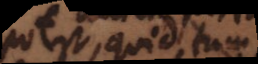
potest, quid tum?